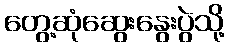
တွေ့ဆုံဆွေးနွေးပွဲသို့